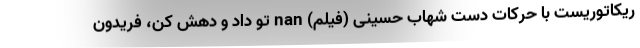
ریکاتوریست با حرکات دست شهاب حسینی (فیلم) nan تو داد و دهش کن، فریدون